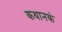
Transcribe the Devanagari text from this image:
कथानकं